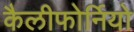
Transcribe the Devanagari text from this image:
कैलीफोर्नियो